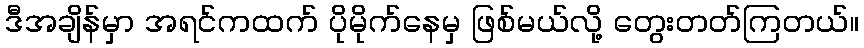
ဒီအချိန်မှာ အရင်ကထက် ပိုမိုက်နေမှ ဖြစ်မယ်လို့ တွေးတတ်ကြတယ်။